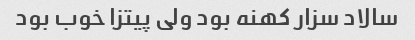
سالاد سزار کهنه‌ بود ولی پیتزا خوب بود